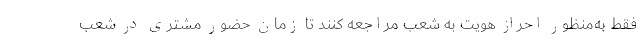
فقط به‌منظور احراز هویت به شعب مراجعه کنند تا زمان حضور مشتری در شعب